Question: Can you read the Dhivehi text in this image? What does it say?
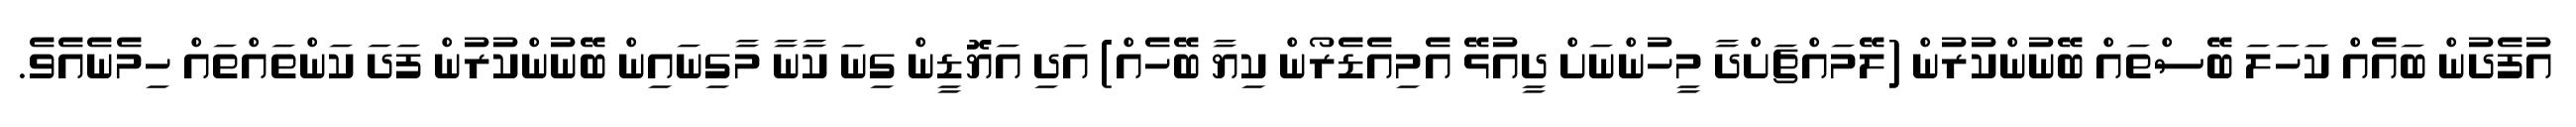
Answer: އުފެދުން ބައެއް ކަހަލަ ބޭސްތައް ބޭނުންކުރުން (ލޭމައްޗަށްދާ މީހުންނަށް ދީއުޅޭ އެމިއެޑެރޯން ކިޔާ ބޭހެއް) އަދި އަޔޮޑީން ގިނަ ކާނާ މާގިނައިން ބޭނުންކުރުން ފަދަ ކަންތައްތައް ހިމެނެއެވެ.